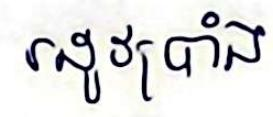
រដូវប្រាំង